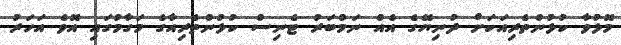
މޮޅުވާ ކުޅުންތެރިއަކަށް ދުނިޔޭގެ އެއް ނަމްބަރު ޓެނިސް ކުޅުންތެރިއާގެ މަގާމުގައި އޮވެ އަހަރު